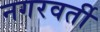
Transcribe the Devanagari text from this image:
नगरवर्ती